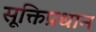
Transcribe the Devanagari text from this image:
सूक्तिप्रधान